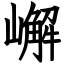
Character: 嶰